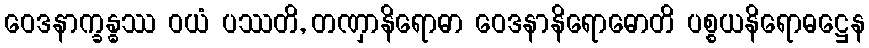
ဝေဒနာက္ခန္ဓဿ ဝယံ ပဿတိ, တဏှာနိရောဓာ ဝေဒနာနိရောဓောတိ ပစ္စယနိရောဓဋ္ဌေန